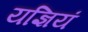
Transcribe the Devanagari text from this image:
यज्ञियं